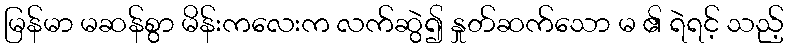
မြန်မာ မဆန်စွာ မိန်းကလေးက လက်ဆွဲ၍ နှုတ်ဆက်သော မ ၏ ရဲရင့် သည့်